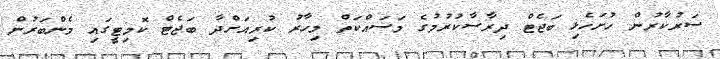
ސަރުކާރުން ހުށަހެޅި ބަޖެޓް ދިރާސާކުރުމުގެ މަސައްކަތް މިހާރު ކުރިއަށްދާ ބަޖެޓް ކޮމިޓީގައި މެންބަރުން